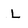
Character: L